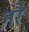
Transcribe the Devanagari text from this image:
नरै